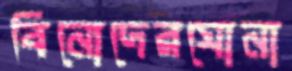
বিনোদেরঘোনা